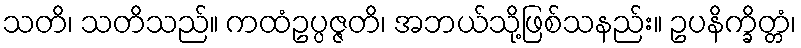
သတိ၊ သတိသည်။ ကထံဥပ္ပဇ္ဇတိ၊ အဘယ်သို့ဖြစ်သနည်း။ ဥပနိက္ခိတ္တံ၊